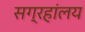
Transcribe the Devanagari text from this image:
सग्रहांलय